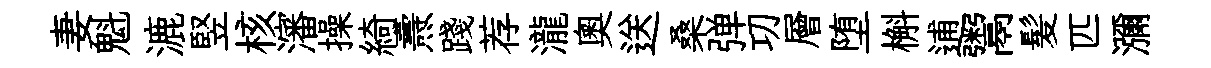
妻魁漉竪核瀋操綺燾踐荐瀧奧送桑弹㓛層堕槲逋鬻髪匹瀰